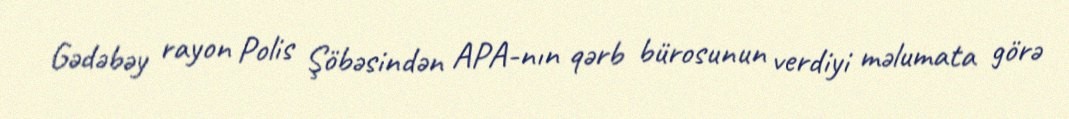
Gədəbəy rayon Polis Şöbəsindən APA-nın qərb bürosunun verdiyi məlumata görə